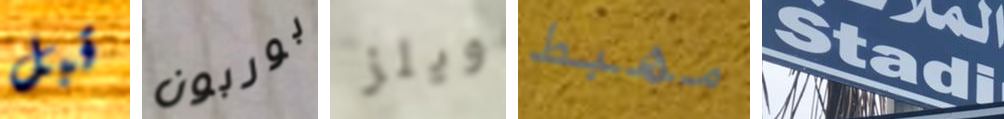
قبل بوربون ويلز مهبط Stadi